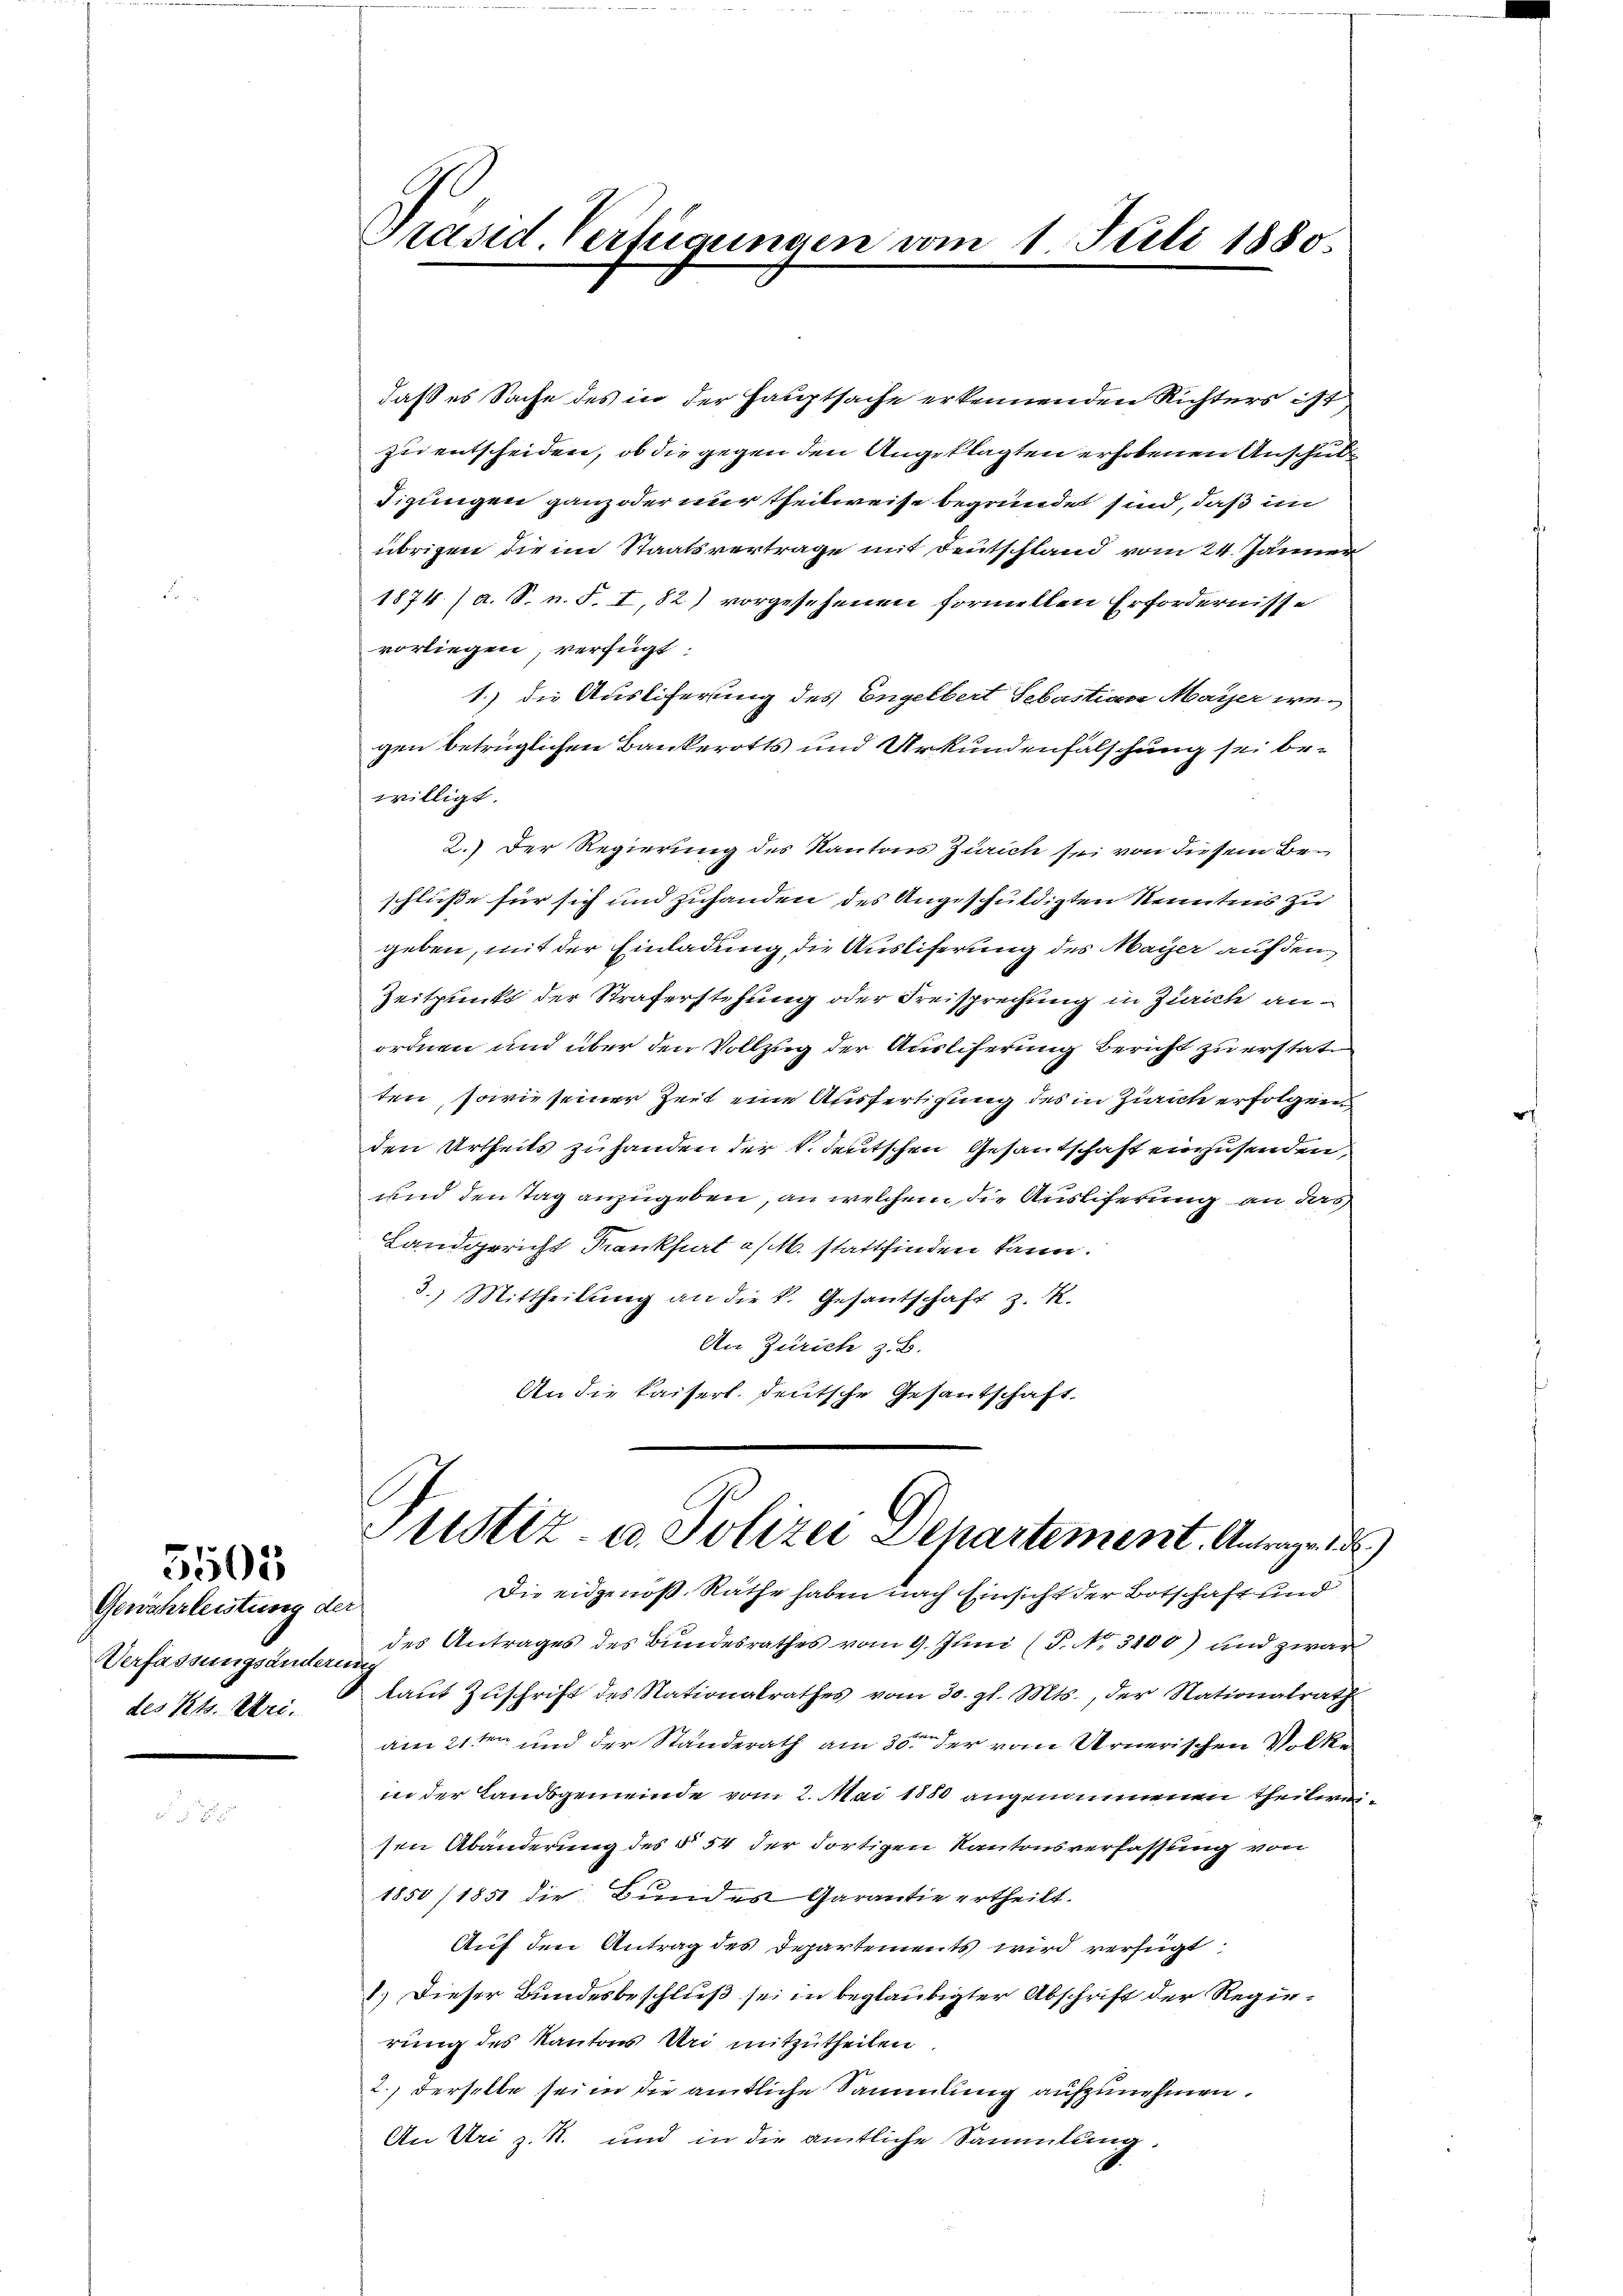
5505

daß es Sache des in der Hauptsache erkennenden Richters ist
zu entscheiden, ob die gegen den Angeklagten erhobenen Anschul
digungen ganz oder nur theilweise begründet sind, daß im
übrigen die im Staatsvertrage mit Deutschland vom 24. Jänner
1874. (a. S. n. F. I, 82) vorgesehenen formellen Erfordernisse
vorliegen verfügt:
1.) die Ausliferung des Engelbert Sebastian Mayer wegen betrüglichen Bankerotts und Urkundenfälschung sei bewilligt.
2.) Der Regierung des Kantons Zürich sei von diesem Beschluße für sich und zuhanden des Angeschuldigten Kenntnis zu
geben, mit der Einladung die Ausliferung des Mayer auf den
Zeitpunkt der Straferstehung oder Freisprechung in Zürich anordnen und über den Vollzug der Auslieferung Bericht zu erstatten, sowie seiner Zeit eine Ausfertigung des in Zürich erfolgen
den Urtheils zuhanden der k. deutschen Gesantschaft einzusenden,
und den Tag anzugeben, an welchem die Ausliferung an das
Landgericht Krankfurt a/M. stattfinden kann.
3.) Mittheilung an die k. Gesantschaft z. R.
An Zürich z. B.
An die Kaiserl. deutsche Gesantschaft

Gewährleistung der
Verfassungsänderung
des Kts. Uri.

Präsid. Verfügungen vom 1. Juli 1880.

Justiz- u. Polizei Departement. Antrage
Die eidgenoß Rathe haben nach Einsicht der Botschaft und

des Antrages des Bundesrathes vom 9. Juni (T. No. 3100) und zwar
laut Zuschrift des Nationalrathes vom 30. gl. Mts., der Nationalrath
am 21ten und der Standerath am 30ten der vom Urnerischen Volke
in der Landsgemeinde vom 2. Mai 1850 angenommenen Theilweisen Abänderung des § 54 der dortigen Kantonsverfassung von
1850/1851 die Bundes Garantie ertheilt.
Auf den Antrag des Departements wird verfügt
1.) Dieser Bundesbeschluß sei in beglaubigter Abschrift der Regierung des Kantons Uri mitzutheilen.
2.) Derselbe sei in die amtliche Sammlung aufzunehmen.
An Uri z. R. und in die amtliche Sammlung.